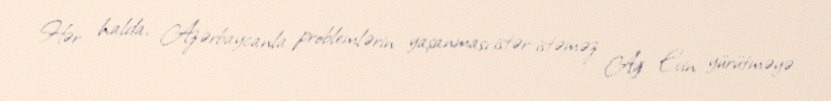
Hər halda, Azərbaycanla problemlərin yaşanması istər-istəməz Ağ Evin yürütməyə